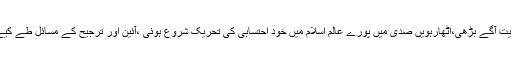
اور روایت آگے بڑھی،اٹھارہویں صدی میں پورے عالم اسلام میں خود احتسابی کی تحریک شروع ہوئی ،آئین اور ترجیح کے مسائل طے کیے گئے۔